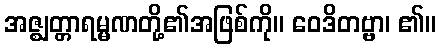
အဇ္ဈတ္တာရမ္မဏတို့၏အဖြစ်ကို။ ဝေဒိတဗ္ဗာ၊ ၏။